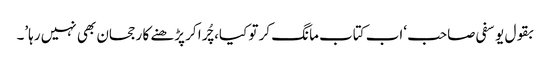
بقول یوسفی صاحب ‘اب کتاب مانگ کر تو کیا، چُرا کر پڑھنے کا رجحان بھی نہیں رہا’۔